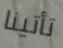
تأتينا